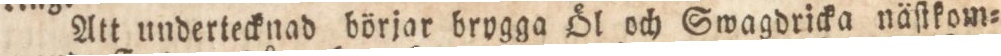
Att undertecknad börjar brygga Öl och Swagdricka näſtkom=